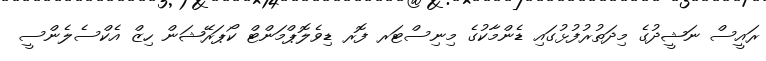
ރައީސް ނަޝީދުގެ މިދަތުރުފުޅުގައި ޑެންމާކުގެ މިނިސްޓަރ ފޮރ ޑިވެލޮޕްމަންޓް ކޯޕަރޭޝަން ހިޒް އެކްސެލެންސީ